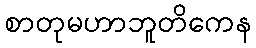
စာတုမဟာဘူတိကေန